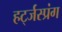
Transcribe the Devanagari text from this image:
हर्ट्जस्प्रंग